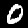
Digit: 0